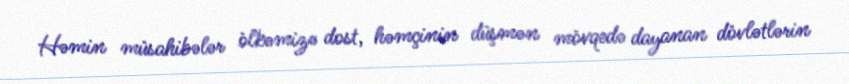
Həmin müsahibələr ölkəmizə dost, həmçinin düşmən mövqedə dayanan dövlətlərin